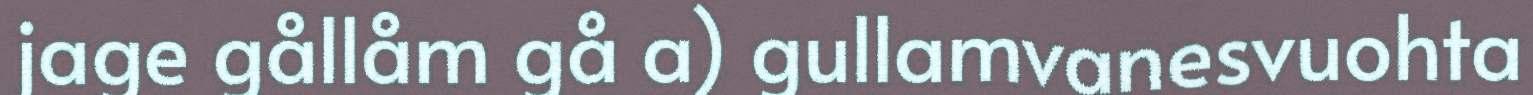
jage gållåm gå a) gullamvanesvuohta